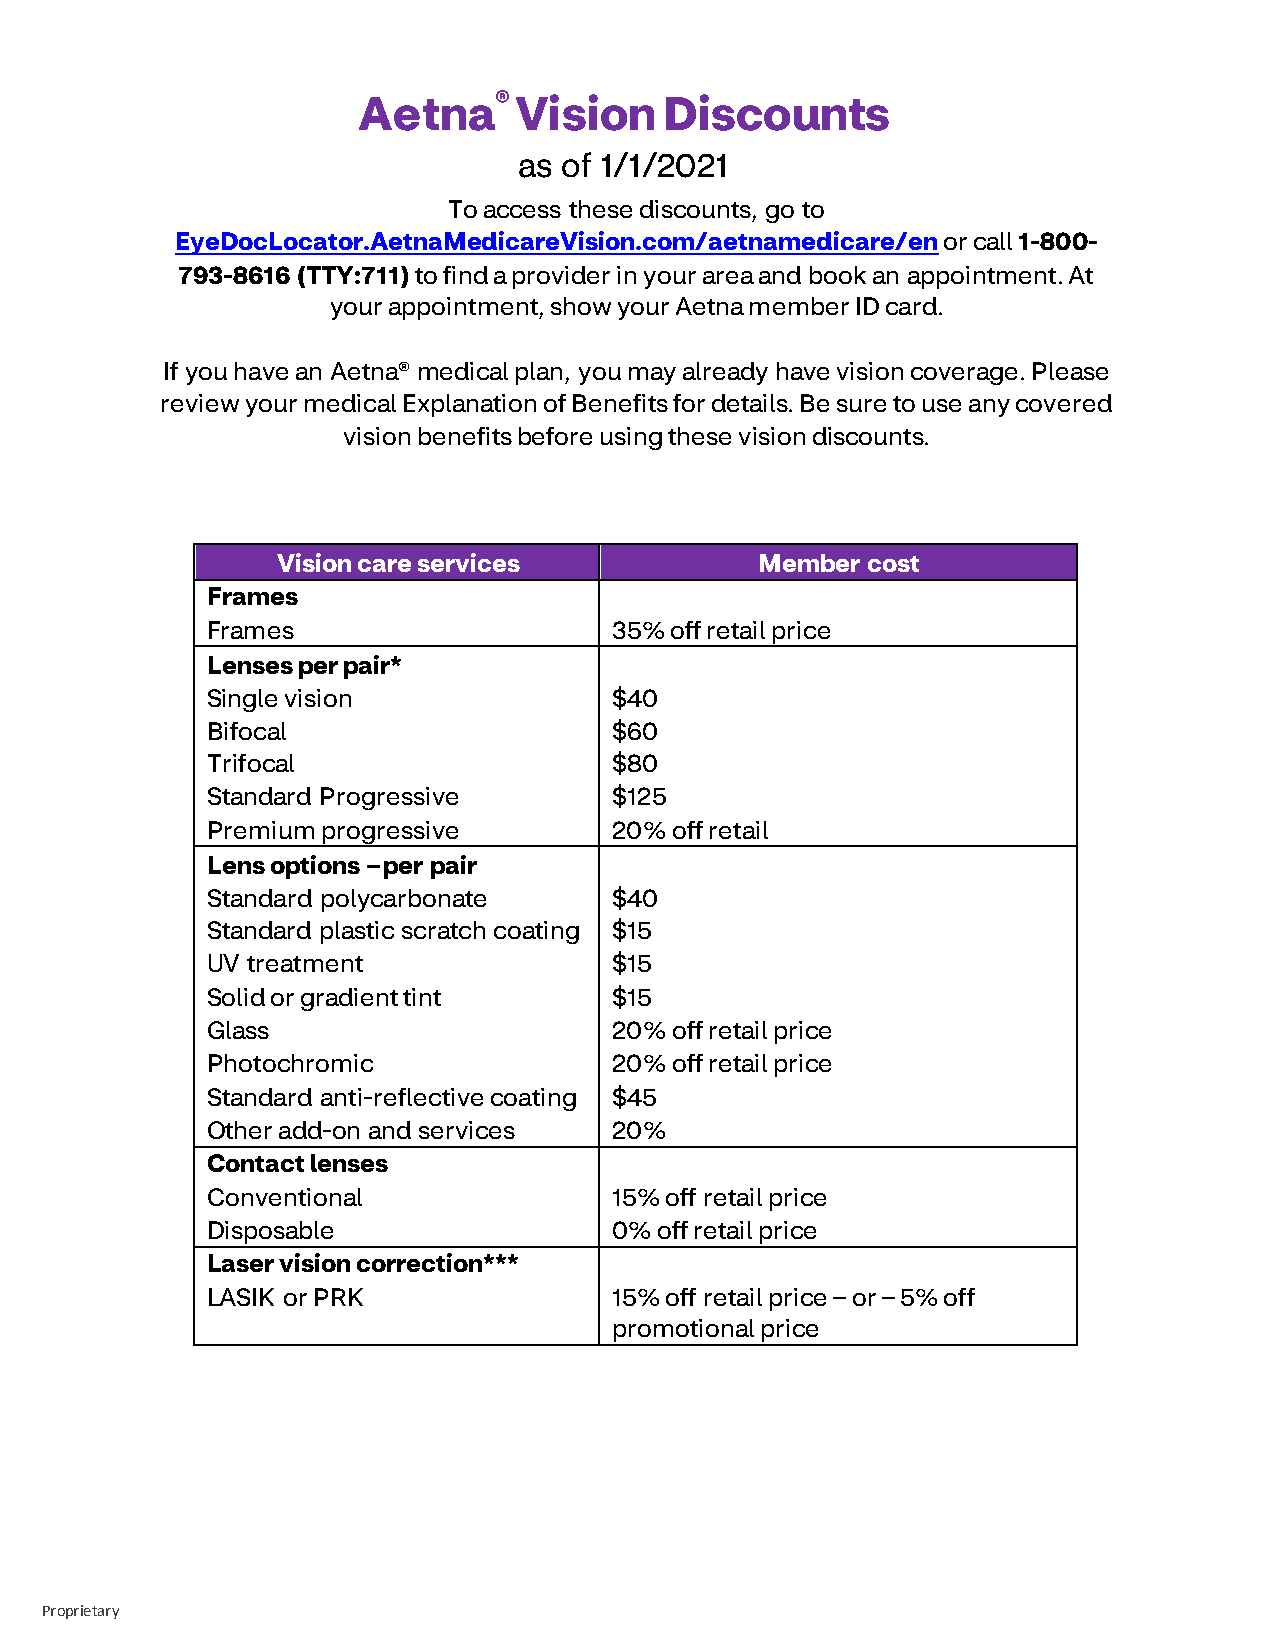
Aetna®
 Vision    Discounts
 as of 1/1/2021
 To access these discounts, go to
 EyeDocLocator.AetnaMedicareVision.com/aetnamedicare/en or call 1-800-
 793-8616 (TTY:711) to find a provider in your area and book an appointment. At
 your appointment, show your Aetna member ID card.
 If you have an Aetna® medical plan, you may already have vision coverage. Please
 review your medical Explanation of Benefits for details. Be sure to use any covered
 vision benefits before using these vision discounts.
 Vision care services            Member cost
 Frames
 Frames                    35% off retail price
 Lenses per pair*
 Single vision             $40
 Bifocal                   $60
 Trifocal                  $80
 Standard Progressive      $125
 Premium progressive       20% off retail
 Lens options – per pair
 Standard polycarbonate    $40
 Standard plastic scratch coating $15
 UV treatment              $15
 Solid or gradient tint    $15
 Glass                     20% off retail price
 Photochromic              20% off retail price
 Standard anti-reflective coating $45
 Other add-on and services 20%
 Contact lenses
 Conventional              15% off retail price
 Disposable                0% off retail price
 Laser vision correction***
 LASIK or PRK              15% off retail price – or – 5% off
 promotional price
 Proprietary